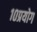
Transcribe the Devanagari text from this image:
१०प्रयोग